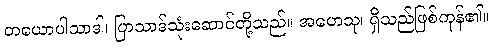
တယောပါသာဒါ၊ ပြာသာဒ်သုံးဆောင်တို့သည်။ အဟေသု၊ ရှိသည်ဖြစ်ကုန်၏။